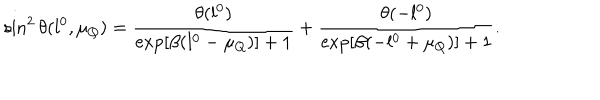
\sin ^ { 2 } \theta ( l ^ { 0 } , \mu _ { Q } ) = \frac { \theta ( l ^ { 0 } ) } { \exp [ \beta ( l ^ { 0 } - \mu _ { Q } ) ] + 1 } + \frac { \theta ( - l ^ { 0 } ) } { \exp [ \beta ( - l ^ { 0 } + \mu _ { Q } ) ] + 1 } .